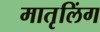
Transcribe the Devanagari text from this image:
मातृलिंग